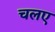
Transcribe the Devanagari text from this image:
चलए